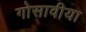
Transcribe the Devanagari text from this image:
गोसावीया